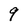
Character: 9